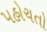
પહોચતો